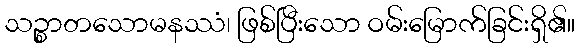
သဉ္စာတသောမနဿံ၊ ဖြစ်ပြီးသော ဝမ်းမြောက်ခြင်းရှိ၏။